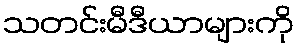
သတင်းမီဒီယာများကို